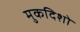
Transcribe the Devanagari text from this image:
मुकदिशो